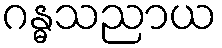
ဂန္ဓသညာယ